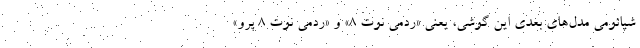
شیائومی مدل‌های بعدی این گوشی، یعنی «ردمی نوت ۸» و «ردمی نوت ۸ پرو»